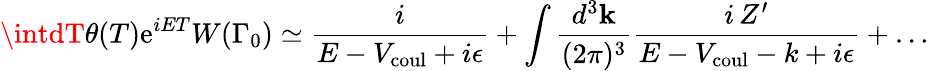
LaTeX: \intdT\theta(T)\mathrm{e}^{iET}W(\Gamma_{0})\simeq{\frac{{i}}{{E-V_{\mathrm{{coul}}}+i\epsilon}}}+\int{\frac{{d^{3}{\mathbf{k}}}}{{(2\pi)^{3}}}}{\frac{{i\, Z^{\prime}}}{{E-V_{\mathrm{{coul}}}-k+i\epsilon}}}+\dots